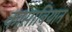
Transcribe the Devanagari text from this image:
कासाबियान